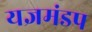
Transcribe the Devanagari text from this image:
यज्ञमंडप